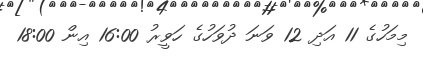
މިމަހުގެ 11 އަދި 12 ވަނަ ދުވަހުގެ ހަވީރު 16:00 އިން 18:00